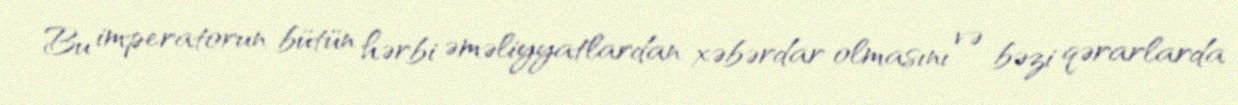
Bu imperatorun bütün hərbi əməliyyatlardan xəbərdar olmasını və bəzi qərarlarda